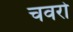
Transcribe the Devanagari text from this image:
चवरो